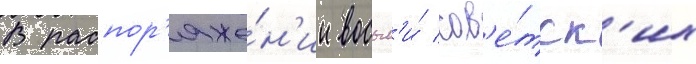
В распор'яже́н'ии восьм'и́ сов'е́тск'их